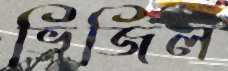
ভিজিল